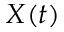
X ( t )